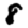
Digit: 8